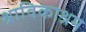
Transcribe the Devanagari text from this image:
श्राविकाश्रम